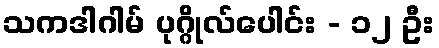
သကဒါဂါမ် ပုဂ္ဂိုလ်ပေါင်း - ၁၂ ဦး